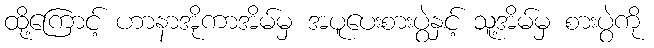
ထို့ကြောင့် ဟာနာအိုကာအိမ်မှ အပူပေးစားပွဲနှင့် သူ့အိမ်မှ စားပွဲကို